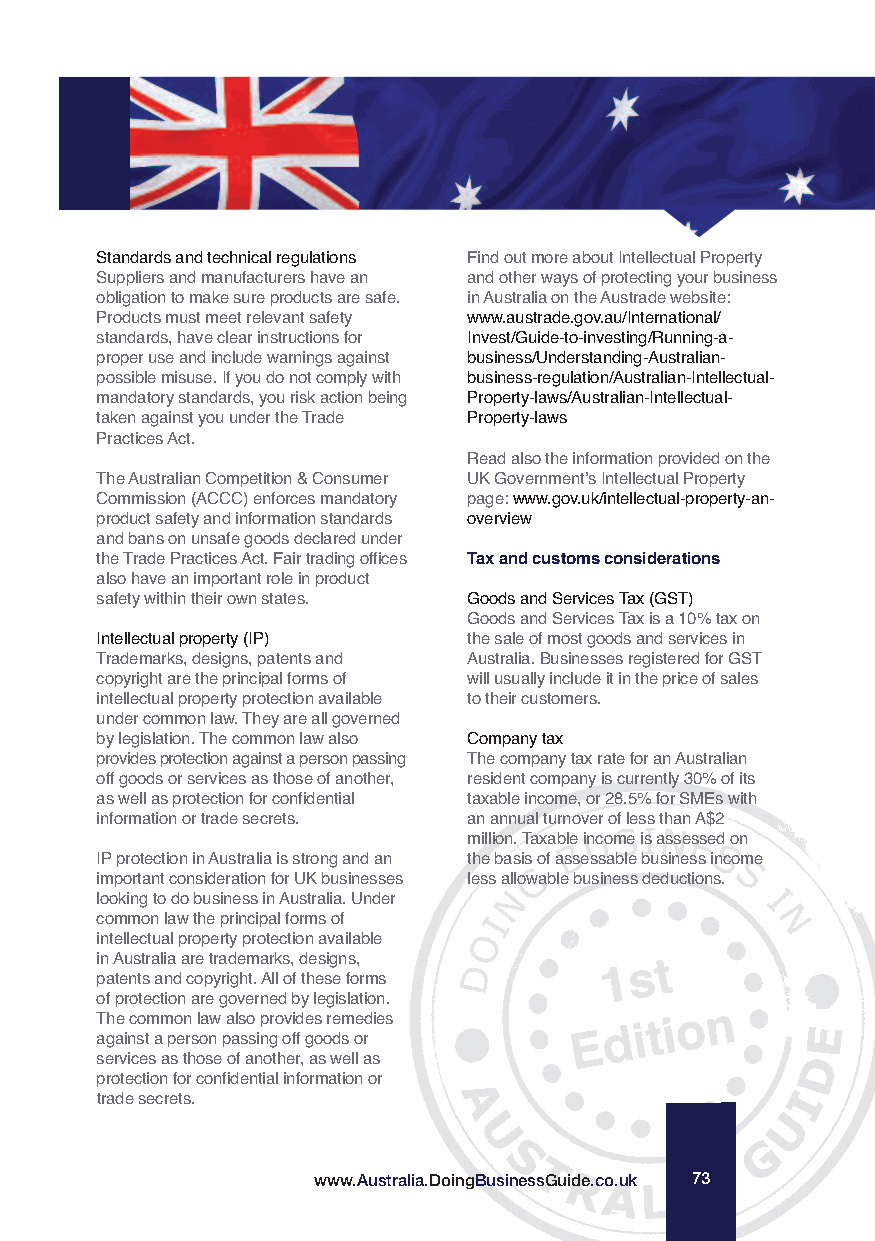
Standards and technical regulations Find out more about Intellectual Property
 Suppliers and manufacturers have an and other ways of protecting your business
 obligation to make sure products are safe. in Australia on the Austrade website:
 Products must meet relevant safety www.austrade.gov.au/International/
 standards, have clear instructions for Invest/Guide-to-investing/Running-a-
 proper use and include warnings against business/Understanding-Australian-
 possible misuse. If you do not comply with business-regulation/Australian-Intellectual-
 mandatory standards, you risk action being Property-laws/Australian-Intellectual-
 taken against you under the Trade Property-laws
 Practices Act.
 Read also the information provided on the
 The Australian Competition & Consumer UK Government’s Intellectual Property
 Commission (ACCC) enforces mandatory page: www.gov.uk/intellectual-property-an-
 product safety and information standards overview
 and bans on unsafe goods declared under
 the Trade Practices Act. Fair trading offices Tax and customs considerations
 also have an important role in product
 safety within their own states. Goods and Services Tax (GST)
 Goods and Services Tax is a 10% tax on
 Intellectual property (IP) the sale of most goods and services in
 Trademarks, designs, patents and Australia. Businesses registered for GST
 copyright are the principal forms of will usually include it in the price of sales
 intellectual property protection available to their customers.
 under common law. They are all governed
 by legislation. The common law also Company tax
 provides protection against a person passing The company tax rate for an Australian
 off goods or services as those of another, resident company is currently 30% of its
 as well as protection for confidential taxable income, or 28.5% for SMEs with
 information or trade secrets. an annual turnover of less than A$2
 million. Taxable income is assessed on
 IP protection in Australia is strong and an the basis of assessable business income
 important consideration for UK businesses less allowable business deductions.
 looking to do business in Australia. Under
 common law the principal forms of
 intellectual property protection available
 in Australia are trademarks, designs,
 patents and copyright. All of these forms
 of protection are governed by legislation.
 The common law also provides remedies
 against a person passing off goods or
 services as those of another, as well as
 protection for confidential information or
 trade secrets.
 www.Australia.DoingBusinessGuide.co.uk 73